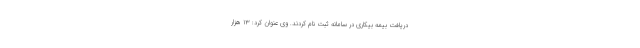
دریافت بیمه بیکاری در سامانه ثبت نام کردند. وی عنوان کرد: ۱۳ هزار